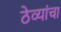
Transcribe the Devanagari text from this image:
ठेव्यांचा